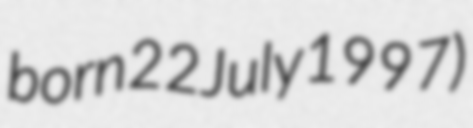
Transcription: born 22 July 1997)